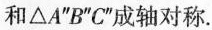
和△A”B”C”成轴对称。